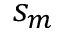
s _ { m }